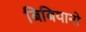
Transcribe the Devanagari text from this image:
बिबियानो